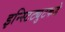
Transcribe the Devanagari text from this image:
इन्स्टिट्युटकडे